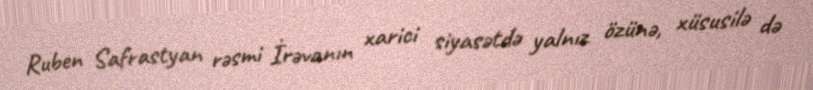
Ruben Safrastyan rəsmi İrəvanın xarici siyasətdə yalnız özünə, xüsusilə də